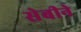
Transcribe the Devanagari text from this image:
सेबीने